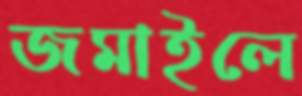
জমাইলে